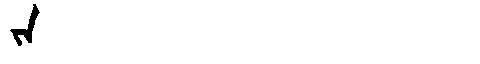
Manchu: ᠵᠠ
Romanization: JA